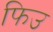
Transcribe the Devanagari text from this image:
फिउ